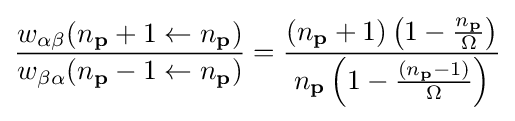
{w_{\alpha \beta }(n_{\mathbf {p} }+1\leftarrow n_{\mathbf {p} }) \over w_{\beta \alpha }(n_{\mathbf {p} }-1\leftarrow n_{\mathbf {p} })}={(n_{\mathbf {p} }+1)\left(1-{n_{\mathbf {p} } \over \Omega }\right) \over n_{\mathbf {p} }\left(1-{(n_{\mathbf {p} }-1) \over \Omega }\right)}